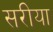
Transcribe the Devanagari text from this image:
सरीया